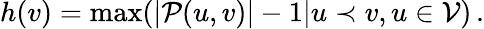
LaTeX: h(v)=\operatorname*{max}(|\mathcal{P}(u,v)|-1|u\prec v,u\in\mathcal{V})\, .